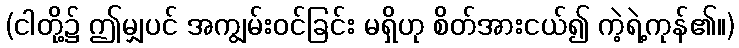
(ငါတို့၌ ဤမျှပင် အကျွမ်းဝင်ခြင်း မရှိဟု စိတ်အားငယ်၍ ကဲ့ရဲ့ကုန်၏။)